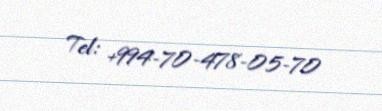
Tel: +994-70-478-05-70